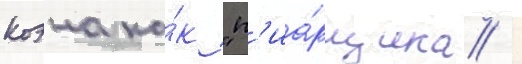
коэна ка́к "п'иа́рщика /